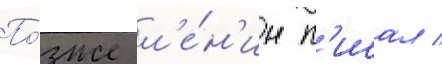
По́зже л'е́н'ин п'исал /